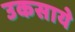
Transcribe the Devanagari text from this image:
उकसाये